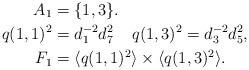
LaTeX: \begin{align*}A_1&=\{1,3\}.\\q(1,1)^2&=d_1^{-2}d^2_7 \;\; \;\; q(1,3)^2=d_3^{-2}d^2_5,\\F_1&=\langle q(1,1)^{2}\rangle\times\langle q(1,3)^{2}\rangle.\end{align*}